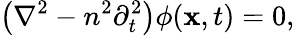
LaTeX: \left(\nabla^{2}-n^{2}\partial_{t}^{2}\right)\phi({\mathbf x},t)=0,